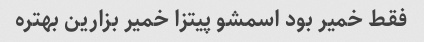
فقط خمیر بود اسمشو پیتزا خمیر بزارین بهتره